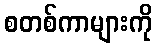
စတစ်ကာများကို